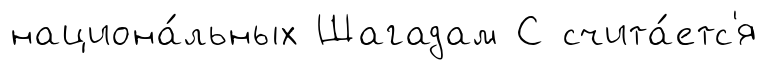
национа́льных Шагадам С счита́етс'я